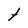
Character: t